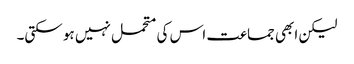
لیکن ابھی جماعت اس کی متحمل نہیں ہو سکتی۔